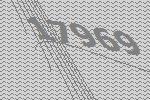
17969